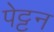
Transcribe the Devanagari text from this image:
पेट्टन